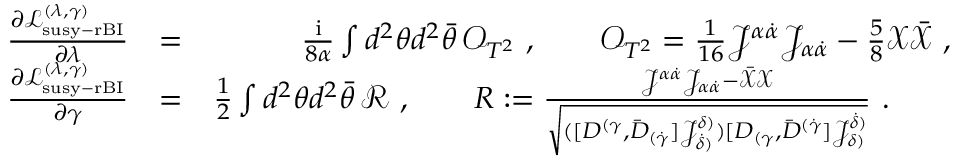
\begin{array} { r l r } { \frac { \partial \mathcal { L } _ { \mathrm { s u s y - r B I } } ^ { ( \lambda , \gamma ) } } { \partial \lambda } } & { = } & { \frac { \mathrm { i } } { 8 \alpha } \int d ^ { 2 } \theta d ^ { 2 } \bar { \theta } \, \mathcal O _ { T ^ { 2 } } ~ , ~ ~ ~ ~ ~ ~ \mathcal O _ { T ^ { 2 } } = \frac { 1 } { 1 6 } { \mathcal J } ^ { \alpha \dot { \alpha } } { \mathcal J } _ { \alpha \dot { \alpha } } - \frac 5 8 \mathcal X \bar { \mathcal X } ~ , } \\ { \frac { \partial \mathcal { L } _ { \mathrm { s u s y - r B I } } ^ { ( \lambda , \gamma ) } } { \partial \gamma } } & { = } & { \frac { 1 } { 2 } \int d ^ { 2 } \theta d ^ { 2 } \Bar { \theta } \, \mathcal { R } ~ , ~ ~ ~ ~ ~ ~ { \cal R } : = \frac { { \mathcal J } ^ { \alpha \dot { \alpha } } { \mathcal J } _ { \alpha \dot { \alpha } } - \Bar { \mathcal { X } } \mathcal { X } } { \sqrt { ( [ D ^ { ( \gamma } , \bar { D } _ { ( \dot { \gamma } } ] { \mathcal J } ^ { \delta ) } _ { \dot { \delta } ) } ) [ D _ { ( \gamma } , \bar { D } ^ { ( \dot { \gamma } } ] { \mathcal J } _ { \delta ) } ^ { \dot { \delta } ) } } } ~ . ~ ~ ~ ~ ~ ~ } \end{array}